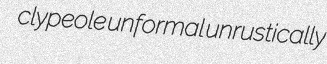
clypeole unformal unrustically